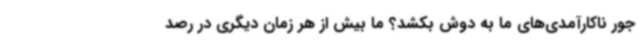
جور ناکارآمدی‌های ما به دوش بکشد؟ ما بیش از هر زمان دیگری در رصد